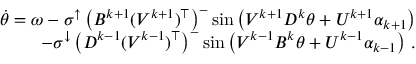
\begin{array} { r } { \dot { \theta } = \omega - \sigma ^ { \uparrow } \left( B ^ { k + 1 } ( V ^ { k + 1 } ) ^ { \top } \right) ^ { - } \sin \left( V ^ { k + 1 } D ^ { k } \theta + U ^ { k + 1 } \alpha _ { k + 1 } \right) } \\ { - \sigma ^ { \downarrow } \left( D ^ { k - 1 } ( V ^ { k - 1 } ) ^ { \top } \right) ^ { - } \sin \left( V ^ { k - 1 } B ^ { k } \theta + U ^ { k - 1 } \alpha _ { k - 1 } \right) \, . } \end{array}